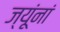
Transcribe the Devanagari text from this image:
ज्यूंनां